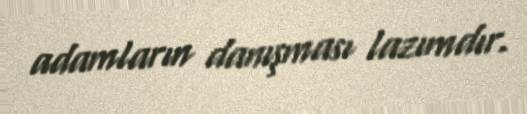
adamların danışması lazımdır.